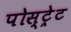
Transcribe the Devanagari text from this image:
पोस्ट्रेट